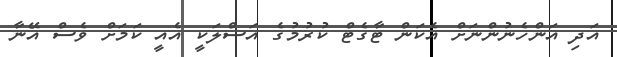
އަދި އަންހެނުންނަށް އެކަން ޓާގެޓް ކުރުމުގެ އަސްލަކީ އެއީ ކަމަށް ވެސް އޭނާ